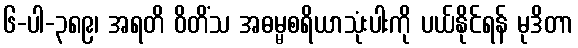
၆-ပါ-၃၈၉၊ အရတိ ဝိတိံသ အဓမ္မစရိယာသုံးပါးကို ပယ်နိုင်ရန် မုဒိတာ